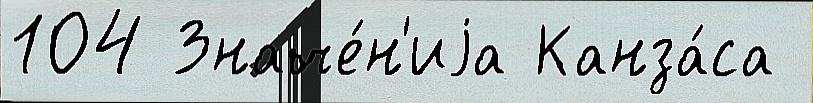
104 Значе́н'иjа Канза́са